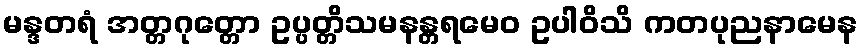
မန္ဒတရံ အတ္တဂုတ္တော ဥပ္ပတ္တိသမနန္တရမေဝ ဥပါဝိသိ ကတပုညနာမေန